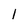
Character: 1